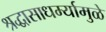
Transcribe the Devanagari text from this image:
श्रद्धासाधर्म्यामुळे